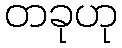
တခုဟု